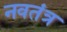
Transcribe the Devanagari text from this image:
नवतंत्र